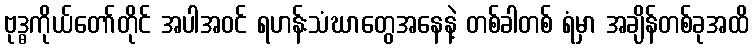
ဗုဒ္ဓကိုယ်တော်တိုင် အပါအဝင် ရဟန်းသံဃာတွေအနေနဲ့ တစ်ခါတစ် ရံမှာ အချိန်တစ်ခုအထိ